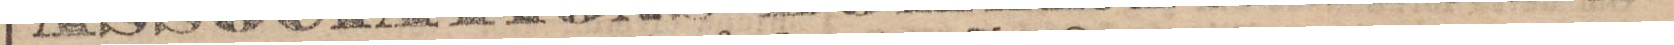
Hufvad-Depot för Sverige hos GUST. A. HEDMAN i Malmö.